NAE_EAOK_eestikeelsed_sunnimeetrikad, lk 100
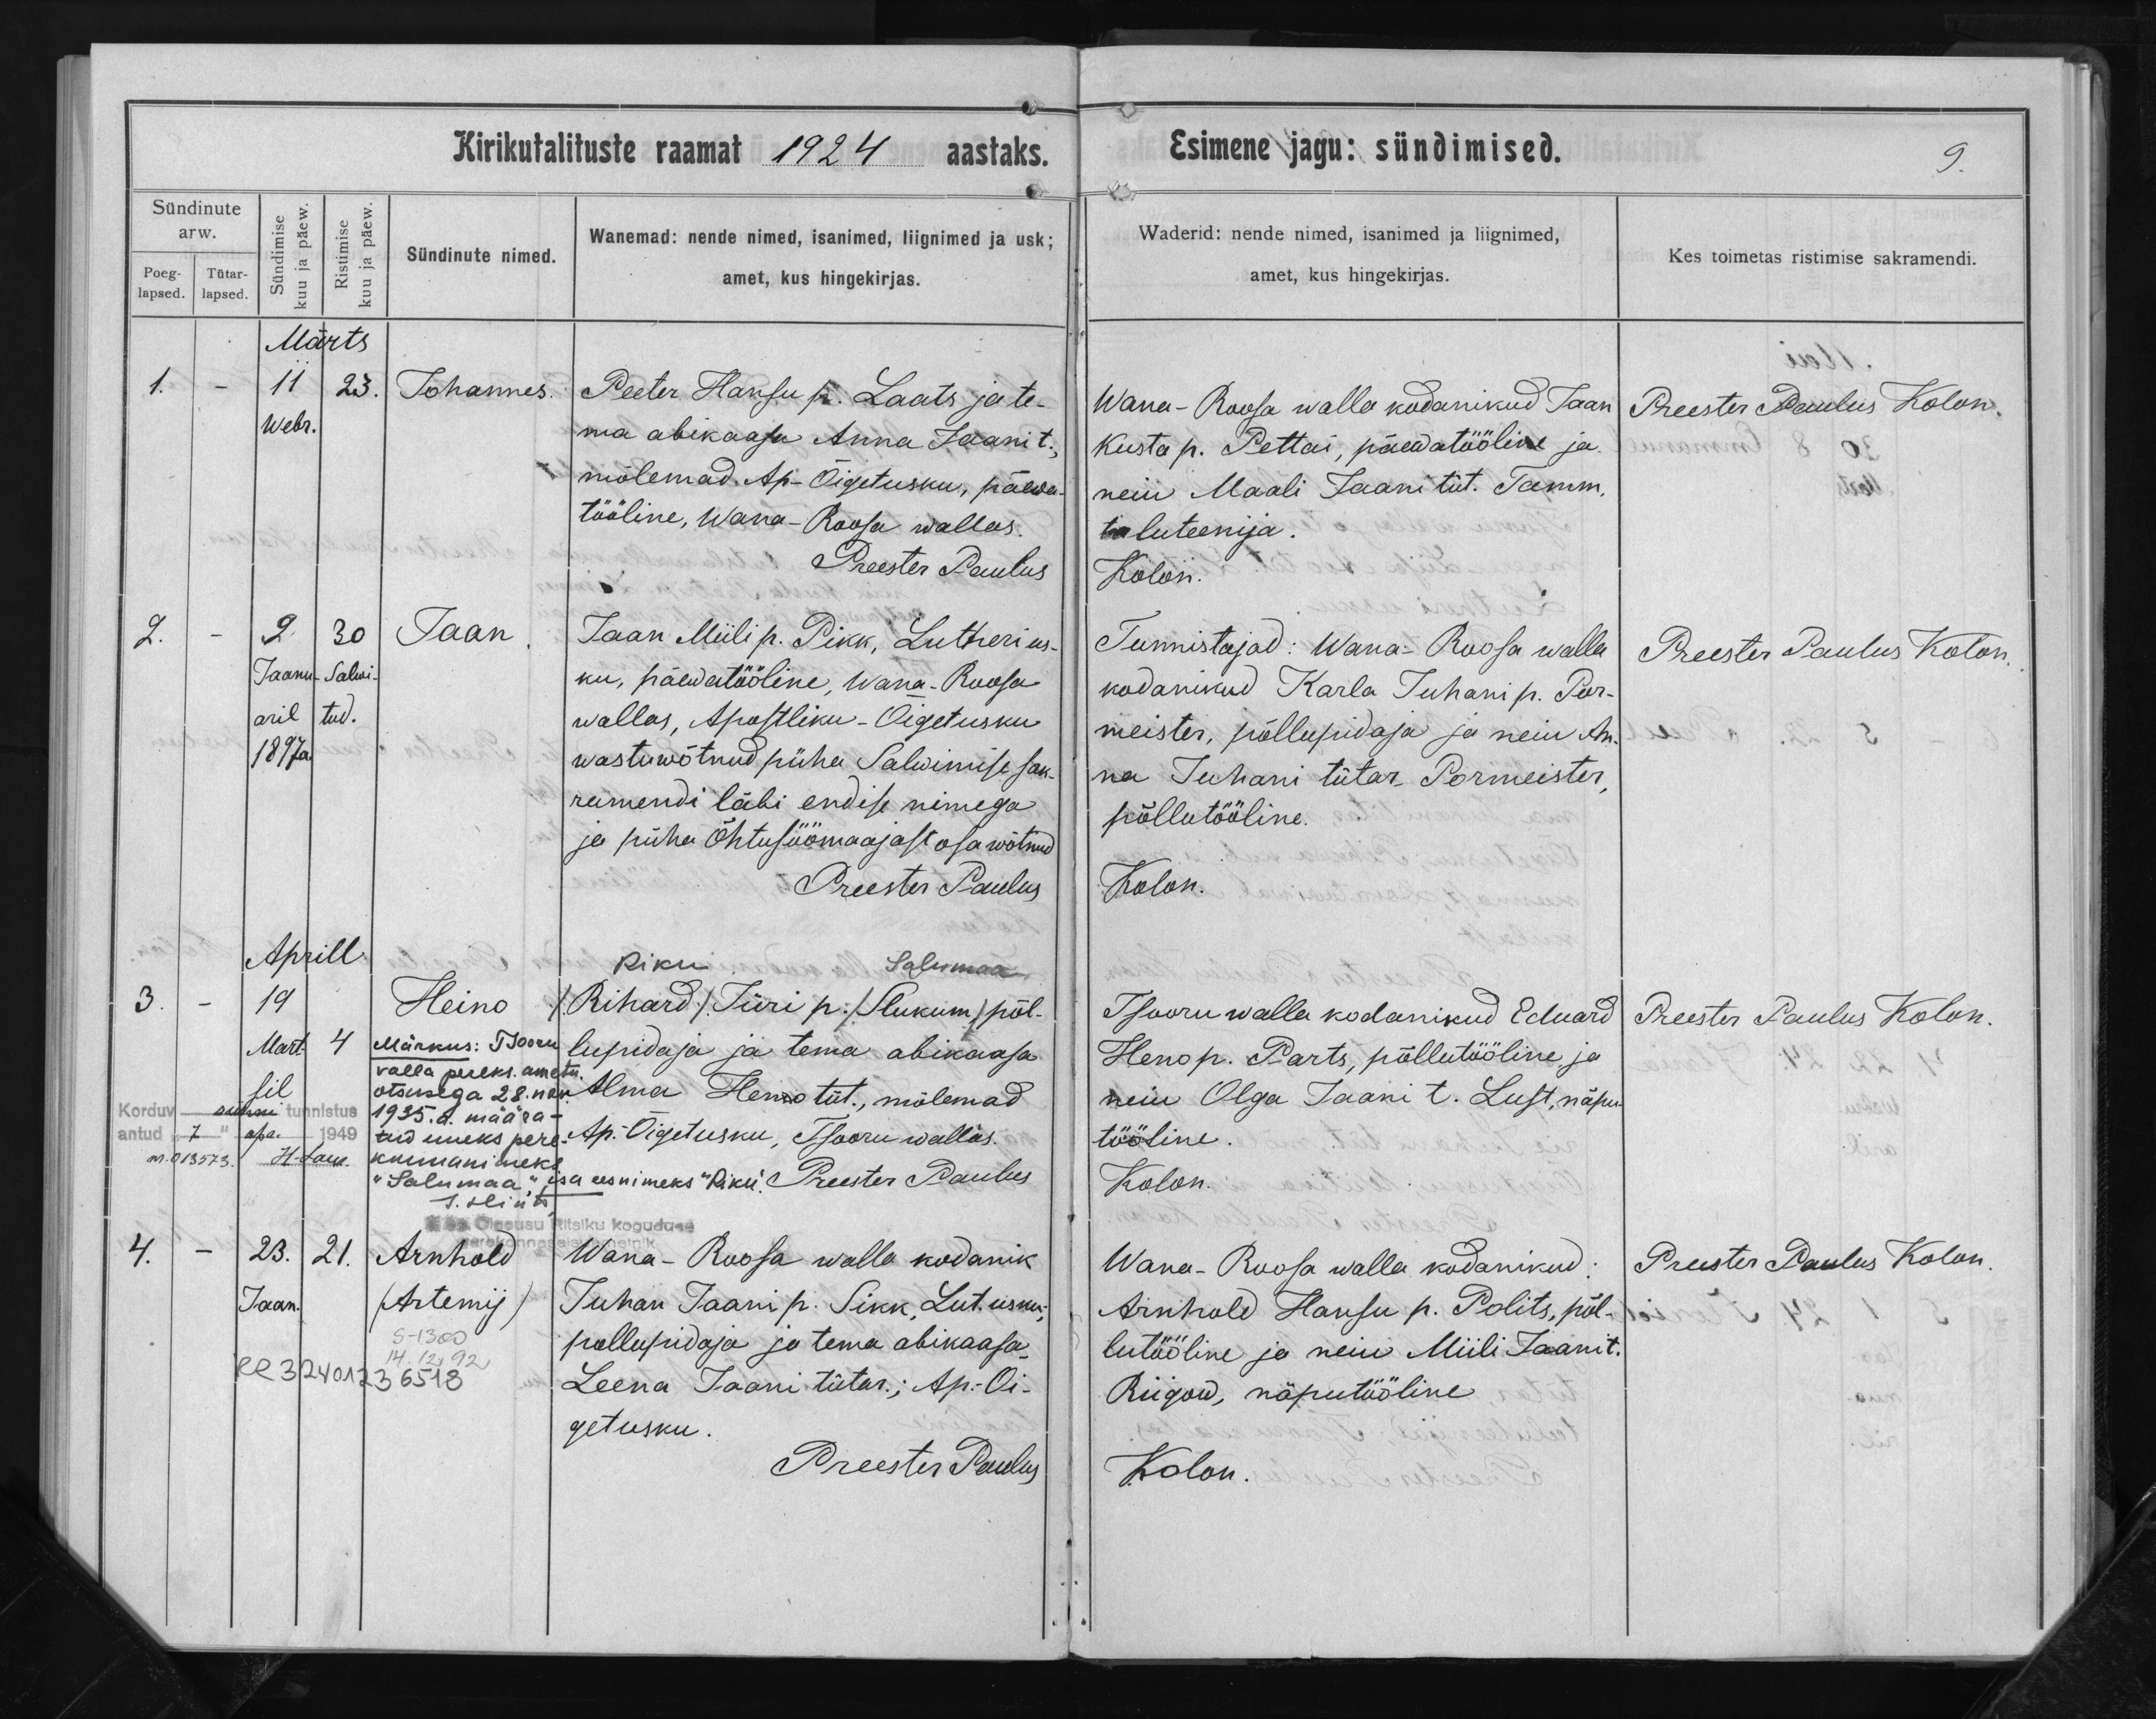
Johannes

Jaan

Heino

Arnhold
/Artemij/

Peeter Hansu p. Laats ja te-
ma abikaasa Anna Jaani t.,
mõlemad Ap.-Õigetusku, päewa-
tööline, Wana-Roosa wallas.

Jaan Miili p. Pikk, Lutheri us-
ku, päewatööline, Wana-Roosa
wallas, Apostliku-Õigetusku
wastuwõtnud püha Salwimise sak-
ramendi läbi endise nimega
ja püha Õhtusöömaajast osa wõtnud

Riku
Salumaa
/Rihard/ Jüri p. /Slukum/ põl-
lupidaja ja tema abikaasa
Alma Henno tüt., mõlemad
Ap.-Õigetusku, Tsooru wallas.

Wana-Roosa walla kodanik
Juhan Jaani p. Sikk, Lut. usku,
põllupidaja ja tema abikaasa
Leena Jaani tütar; Ap.-Õi-
getusku.